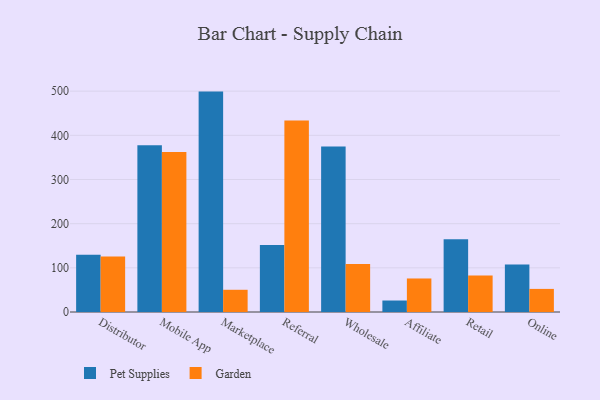
{"axis": {"x": "Channel", "y": "Tickets Resolved"}, "legend": ["Garden", "Pet Supplies"], "data": [{"x": "Distributor", "y": 129.8, "type": "Pet Supplies"}, {"x": "Distributor", "y": 125.5, "type": "Garden"}, {"x": "Mobile App", "y": 377.8, "type": "Pet Supplies"}, {"x": "Mobile App", "y": 362.4, "type": "Garden"}, {"x": "Marketplace", "y": 499.0, "type": "Pet Supplies"}, {"x": "Marketplace", "y": 50.3, "type": "Garden"}, {"x": "Referral", "y": 151.8, "type": "Pet Supplies"}, {"x": "Referral", "y": 433.6, "type": "Garden"}, {"x": "Wholesale", "y": 374.7, "type": "Pet Supplies"}, {"x": "Wholesale", "y": 108.9, "type": "Garden"}, {"x": "Affiliate", "y": 26.0, "type": "Pet Supplies"}, {"x": "Affiliate", "y": 75.9, "type": "Garden"}, {"x": "Retail", "y": 164.8, "type": "Pet Supplies"}, {"x": "Retail", "y": 82.4, "type": "Garden"}, {"x": "Online", "y": 107.3, "type": "Pet Supplies"}, {"x": "Online", "y": 52.3, "type": "Garden"}]}